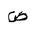
Letter: _dad